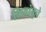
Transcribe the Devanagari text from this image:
शिवांबूचे